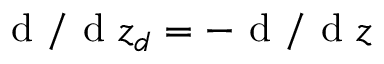
{ \textnormal { d } } / { \textnormal { d } z _ { d } } = - { \textnormal { d } } / { \textnormal { d } z }